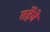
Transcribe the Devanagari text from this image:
तर्हेनें